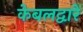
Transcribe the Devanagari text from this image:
केबलद्वारे